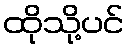
ထိုသို့ပင်